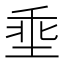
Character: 埀